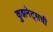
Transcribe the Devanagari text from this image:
कुझनेट्सची